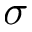
\sigma